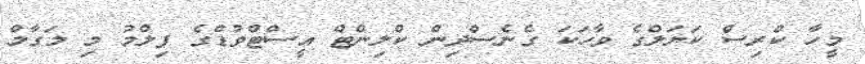
މީހާ ކްރިސް ކަޔަލްގެ ވާހަކަ ގެނެސްދިން ކްލިންޓް އީސްޓްވުޑްގެ ފިލްމު މި މަގާމް